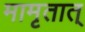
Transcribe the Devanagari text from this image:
मामृतात्‌